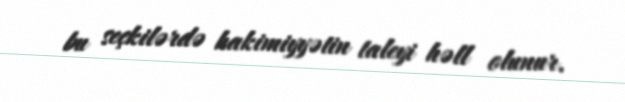
bu seçkilərdə hakimiyyətin taleyi həll olunur.